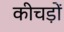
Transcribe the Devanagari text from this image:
कीचड़ों